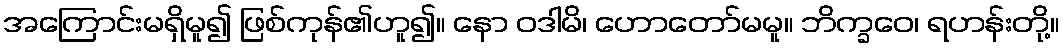
အကြောင်းမရှိမူ၍ ဖြစ်ကုန်၏ဟူ၍။ နော ဝဒါမိ၊ ဟောတော်မမူ။ ဘိက္ခဝေ၊ ရဟန်းတို့။